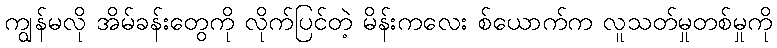
ကျွန်မလို အိမ်ခန်းတွေကို လိုက်ပြင်တဲ့ မိန်းကလေး စ်ယောက်က လူသတ်မှုတစ်မှုကို